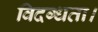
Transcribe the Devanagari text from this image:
विदग्धता।